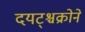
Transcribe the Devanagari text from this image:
दयट्श्चक्रोने